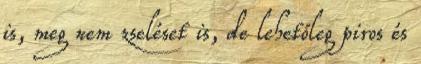
is, meg nem zseléset is, de lehetőleg piros és